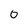
Character: 0